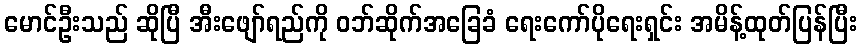
မောင်ဦးသည် ဆိုပြီ အီးဖျော်ရည်ကို ဝဘ်ဆိုက်အခြေခံ ရေးကော်ပိုရေးရှင်း အမိန့်ထုတ်ပြန်ပြီး